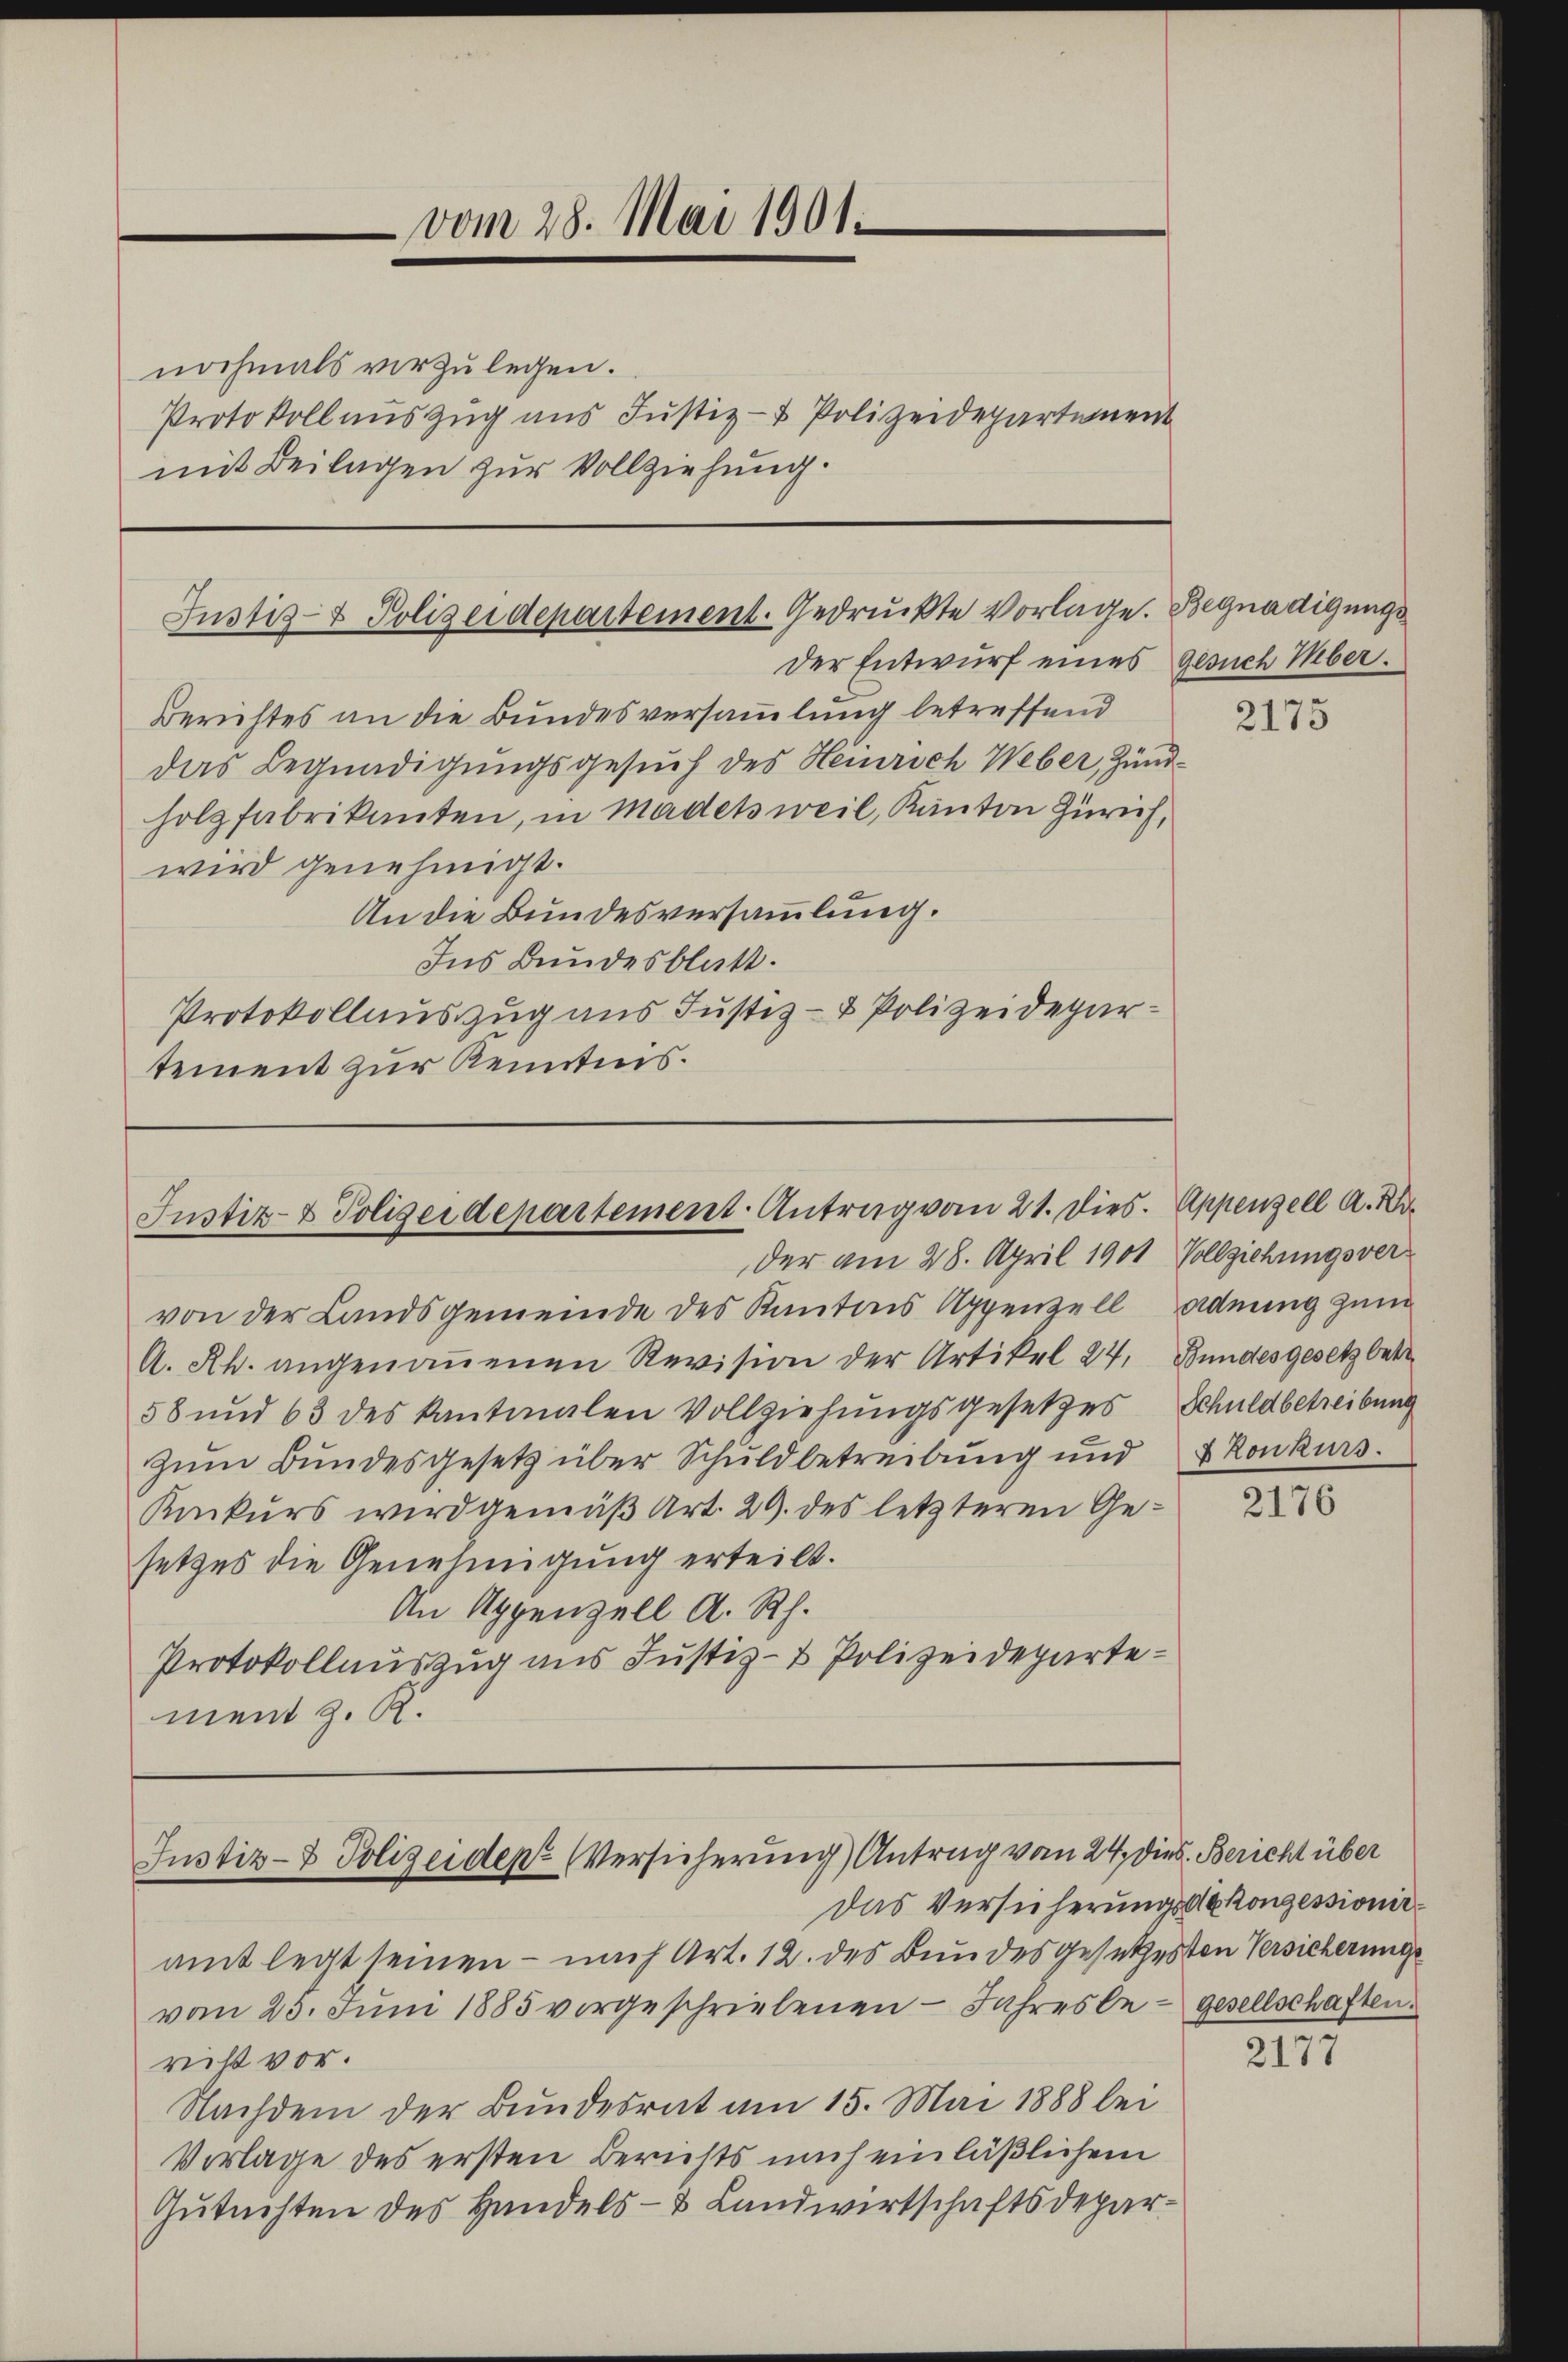
nochmals vorzulegen.

vom 28. Mai 1901.

Justiz- & Polizeidepartement. Gedruckte Vorlage. Begnadigungs

Protokoll auszug aus Justiz- & Polizeidepartement
mit Beilagen zur Vollziehung.

Justiz- & Polizeidepartement-Antrag vom 21. Dies. Appenzell A. Kr
der am 28. April 1901 Vollziehungsver¬

der Entwurf eines gesuch Mber.
Berichtes an die Bundesversammlung betreffend
das Begnadigungsgesuch des Henrich Weber, Zündholzfabrikanten, in Madetsweil, Kanton Zürich,
wird genehmigt.
An die Bundesversammlung.
Ins Bundesblatt.
Protokollauszug aus Justiz- & Polizeidepartement zur Kenntnis.

Justiz- & Polizeiden Versicherung) Antrag vom 24. dies. Bericht über
Das Versicherungsdekonzessionir¬

von der Landsgemeinde des Kantons Appenzell Adning zum
A. Rh. angenoṁenen Revision der Artikel 24. Bundesgesetz betr
58 und 63 des kantmalen Vollziehungsgesetzes Schuldbetreibung
zŭm Bŭndesgesetz über Schuldbetreibŭng und 4 Konkurs.
Konkurs wird gemäß Art. 29. des letzteren Gesetzes die Genehmigung erteilt.
An Appenzell A. Rh.
Protokollauszug aus Justiz- & Polizeidepartement z. R.

amt legt seinen – nach Art. 12. des Bundesgesetzesten Versicherung
vom 23. Juni 1885 vorgeschriebenen Jahresbe - gesellschaften.
richt vor.
Nachdem der Bundesrat am 15. Mai 1888 bei
Vorlage des ersten Berichts mich einläßlichem
Gutachten des Handels- & Landwirtschaftsdepar¬

2175

2176

2177